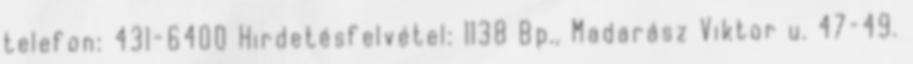
telefon: 431-6400 Hirdetésfelvétel: 1138 Bp., Madarász Viktor u. 47–49.